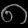
Digit: ၈